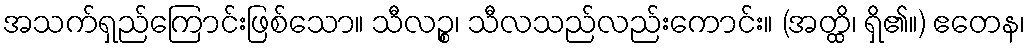
အသက်ရှည်ကြောင်းဖြစ်သော။ သီလဉ္စ၊ သီလသည်လည်းကောင်း။ (အတ္ထိ၊ ရှိ၏။) ဧတေန၊